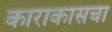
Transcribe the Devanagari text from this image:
काराकासचा